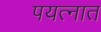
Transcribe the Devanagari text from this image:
पयत्नात